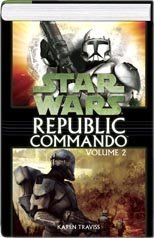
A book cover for Republic Commando Volume 2; Karen Traviss; Cookbooks, Food & Wine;